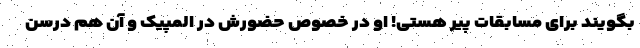
بگویند برای مسابقات پیر هستی! او در خصوص حضورش در المپیک و آن هم درسن